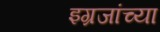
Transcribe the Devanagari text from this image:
इग्रजांच्या